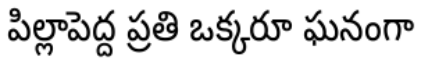
పిల్లాపెద్ద ప్రతి ఒక్కరూ ఘనంగా